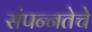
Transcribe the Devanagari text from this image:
संपन्‍नतेचे